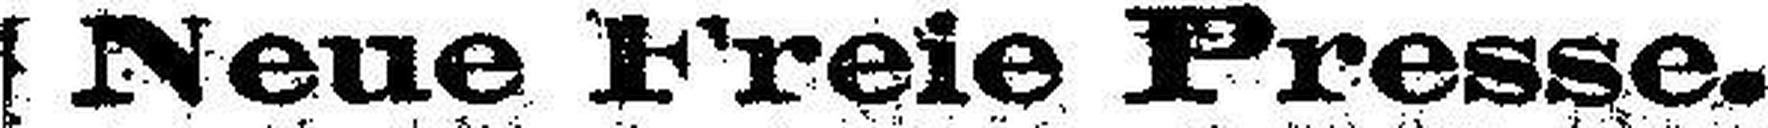
[Neue Freie Presse.